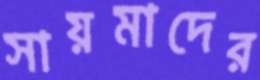
সায়মাদের